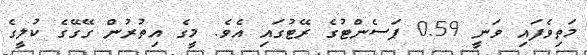
މަތިވެފައި ވަނީ 0.59 ޕަސެންޓުގެ ރޭޓުގައި އެވެ. މީގެ އިތުރުން ގޭގޭގެ ކުލީގެ